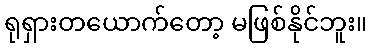
ရုရှားတယောက်တော့ မဖြစ်နိုင်ဘူး။